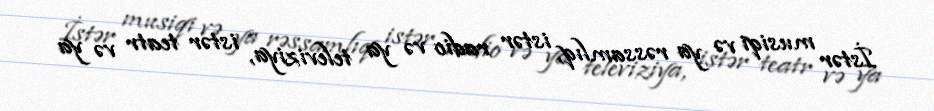
İstər musiqi və ya rəssamlıq, istər radio və ya televiziya, istər teatr və ya